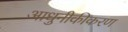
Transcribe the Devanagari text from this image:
आधुनीकीकरण